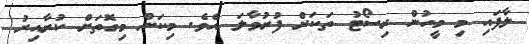
ލާފައި މި މީހުން ރިސޯޓު ތަކަށް ފުރުވާލަ އެވެ. މިކަން މިގޮތަށް ކުރާއިރު